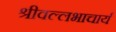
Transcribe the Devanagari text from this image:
श्रीवल्‍लभाचार्य